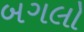
બગલો